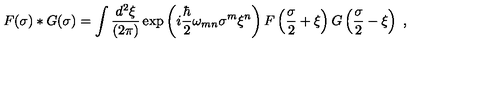
F ( \sigma ) \ast G ( \sigma ) = \int { \frac { d ^ { 2 } \xi } { ( 2 \pi ) } } \exp \left( i { \frac { \hbar } { 2 } } \omega _ { m n } \sigma ^ { m } \xi ^ { n } \right) F \left( { \frac { \sigma } { 2 } } + \xi \right) G \left( { \frac { \sigma } { 2 } } - \xi \right) \ ,